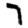
Digit: 7